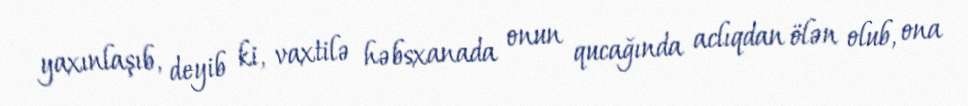
yaxınlaşıb, deyib ki, vaxtilə həbsxanada onun qucağında aclıqdan ölən olub, ona